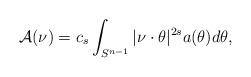
LaTeX: \begin{align*}\mathcal A(\nu)=c_s\int_{S^{n-1}}|\nu\cdot\theta|^{2s}a(\theta)d\theta,\end{align*}